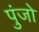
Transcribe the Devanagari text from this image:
पुंजो